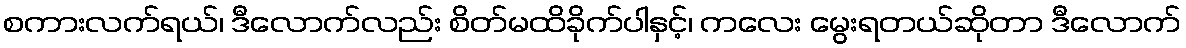
စကားလက်ရယ်၊ ဒီလောက်လည်း စိတ်မထိခိုက်ပါနှင့်၊ ကလေး မွေးရတယ်ဆိုတာ ဒီလောက်